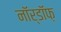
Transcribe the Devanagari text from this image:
नॉर्डॉफ़